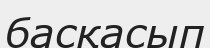
басқасып